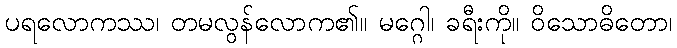
ပရလောကဿ၊ တမလွန်လောက၏။ မဂ္ဂေါ၊ ခရီးကို။ ဝိသောဓိတော၊